Indian journal of veterinary science and animal husbandry - Volume 5,
Year: 1935
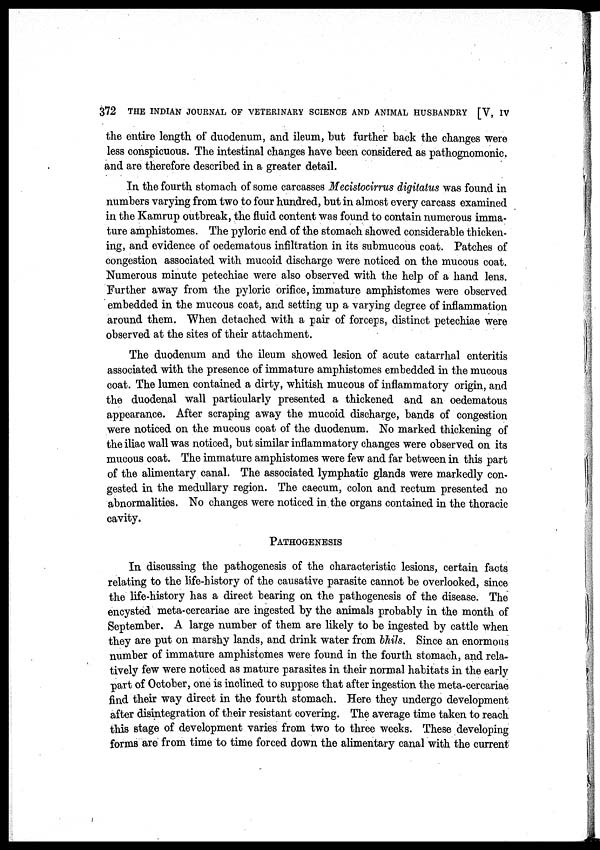
372 THE INDIAN JOURNAL OF VETERINARY SCIENCE AND ANIMAL HUSBANDRY [V, IV
the entire length of duodenum, and ileum, but further back the changes were
less conspicuous. The intestinal changes have been considered as pathognomonic.
and are therefore described in a greater detail.
In the fourth stomach of some carcasses Mecistocirrus digitatus was found in
numbers varying from two to four hundred, but in almost every carcass examined
in the Kamrup outbreak, the fluid content was found to contain numerous imma-
ture amphistomes. The pyloric end of the stomach showed considerable thicken-
ing, and evidence of oedematous infiltration in its submucous coat. Patches of
congestion associated with mucoid discharge were noticed on the mucous coat.
Numerous minute petechiae were also observed with the help of a hand lens.
Further away from the pyloric orifice, immature amphistomes were observed
embedded in the mucous coat, and setting up a varying degree of inflammation
around them. When detached with a pair of forceps, distinct petechiae were
observed at the sites of their attachment.
The duodenum and the ileum showed lesion of acute catarrhal enteritis
associated with the presence of immature amphistomes embedded in the mucous
coat. The lumen contained a dirty, whitish mucous of inflammatory origin, and
the duodenal wall particularly presented a thickened and an oedematous
appearance. After scraping away the mucoid discharge, bands of congestion
were noticed on the mucous coat of the duodenum. No marked thickening of
the iliac wall was noticed, but similar inflammatory changes were observed on its
mucous coat. The immature amphistomes were few and far between in this part
of the alimentary canal. The associated lymphatic glands were markedly con-
gested in the medullary region. The caecum, colon and rectum presented no
abnormalities. No changes were noticed in the organs contained in the thoracic
cavity.
PATHOGENESIS
In discussing the pathogenesis of the characteristic lesions, certain facts
relating to the life-history of the causative parasite cannot be overlooked, since
the life-history has a direct bearing on the pathogenesis of the disease. The
encysted meta-cercariae are ingested by the animals probably in the month of
September. A large number of them are likely to be ingested by cattle when
they are put on marshy lands, and drink water from bhils. Since an enormous
number of immature amphistomes were found in the fourth stomach, and rela-
tively few were noticed as mature parasites in their normal habitats in the early
part of October, one is inclined to suppose that after ingestion the meta-cercariae
find their way direct in the fourth stomach. Here they undergo development
after disintegration of their resistant covering. The average time taken to reach
this stage of development varies from two to three weeks. These developing
forms are from time to time forced down the alimentary canal with the current